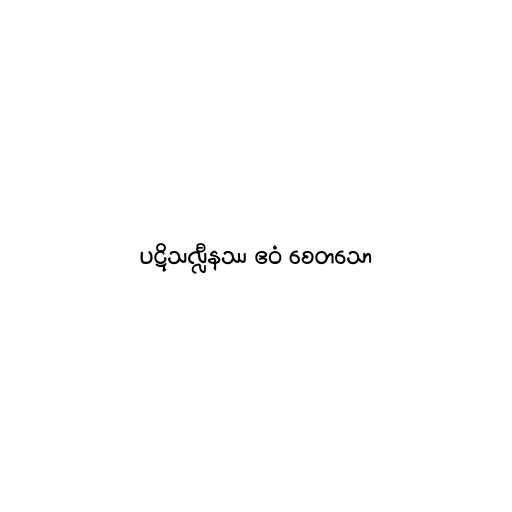
ပဋိသလ္လီနဿ ဧဝံ စေတသော